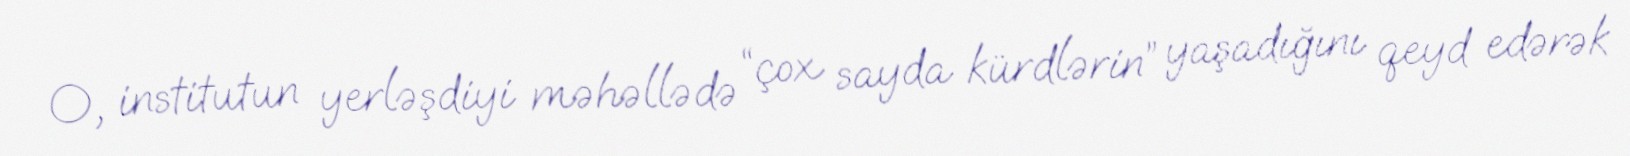
O, institutun yerləşdiyi məhəllədə “çox sayda kürdlərin” yaşadığını qeyd edərək